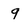
Character: 9